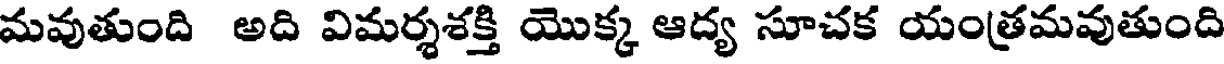
మవుతుంది అది విమర్శశక్తి యొక్క ఆద్య సూచక యంత్రమవుతుంది